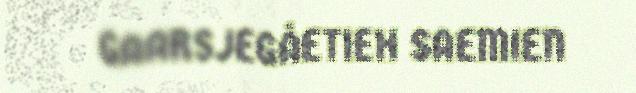
GAARSJEGÅETIEH SAEMIEN